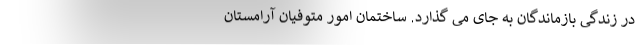
در زندگی بازماندگان به جای می گذارد. ساختمان امور متوفیان آرامستان